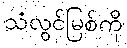
သံလွင်မြစ်ကို